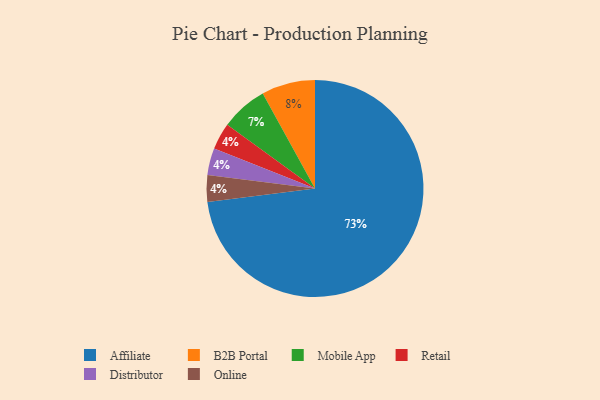
{"axis": {"x": "Category", "y": "Percentage"}, "legend": ["Affiliate", "B2B Portal", "Distributor", "Mobile App", "Online", "Retail"], "data": [{"x": "Retail", "y": 4, "type": "Retail"}, {"x": "B2B Portal", "y": 8, "type": "B2B Portal"}, {"x": "Distributor", "y": 4, "type": "Distributor"}, {"x": "Online", "y": 4, "type": "Online"}, {"x": "Mobile App", "y": 7, "type": "Mobile App"}, {"x": "Affiliate", "y": 73, "type": "Affiliate"}]}